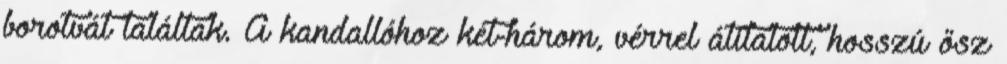
borotvát találtak. A kandallóhoz két-három, vérrel átitatott, hosszú ősz